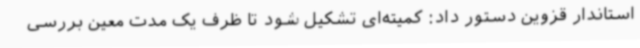
استاندار قزوین دستور داد: کمیته‌ای تشکیل شود تا ظرف یک مدت معین بررسی